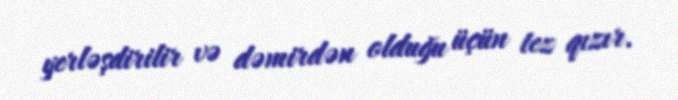
yerləşdirilir və dəmirdən olduğu üçün tez qızır.